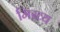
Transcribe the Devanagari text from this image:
मिख्य